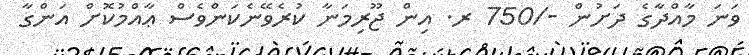
ވަނަ މާއްދާގެ ދަށުން -/750 ރ. އިން ޖޫރިމަނާ ކުރެވޭނެކަންވެސް ޢާއްމުކޮށް އަންގާ